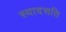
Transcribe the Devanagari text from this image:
स्यादसति